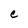
Character: e